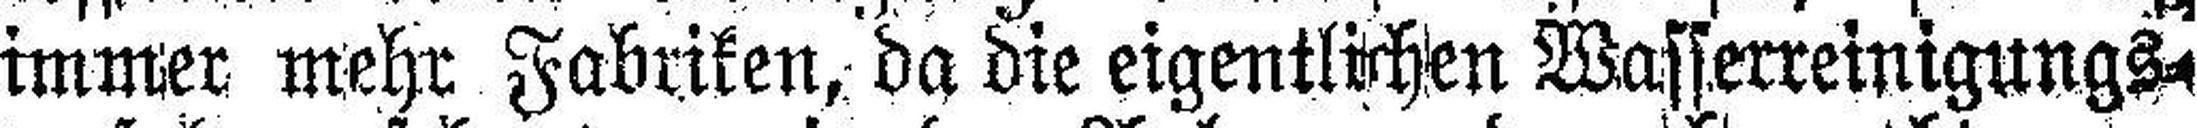
immer mehr Fabriken, da die eigentlichen Wasserreinigungs¬